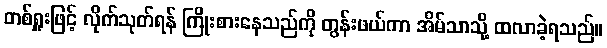
တစ်ရှူးဖြင့် လိုက်သုတ်ရန် ကြိုးစားနေသည်ကို တွန်းဖယ်ကာ အိမ်သာသို့ ထလာခဲ့ရသည်။